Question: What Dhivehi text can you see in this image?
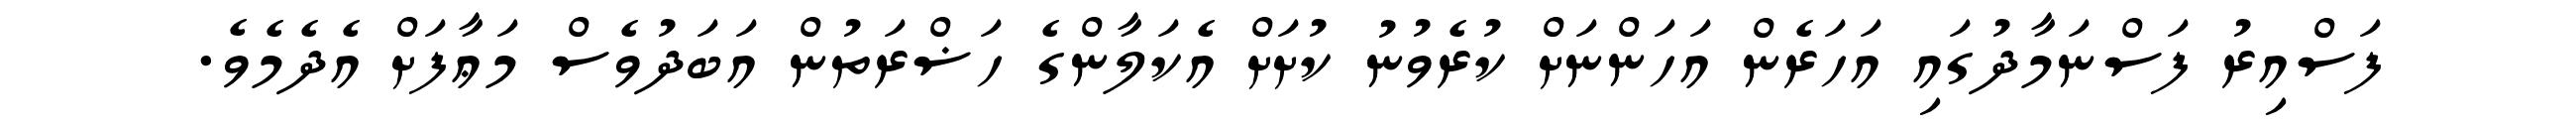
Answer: ފަސްއިރު ފަސްނަމާދުގައި އަހަރެން އަހަންނަށް ކުރެވުނު ކުށަށް އެކަލާންގެ ހަޟްރަތުން އަބަދުވެސް މަޢާފަށް އެދެމެވެ.